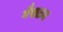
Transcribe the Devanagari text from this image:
गैसटन